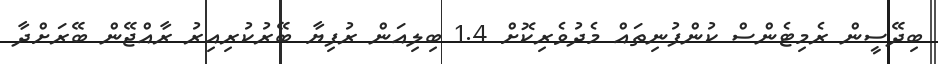
ބިދޭސީން ރެމިޓެންސް ކުންފުނިތައް މެދުވެރިކޮށް 1.4 ބިލިއަން ރުފިޔާ ބޭރުކުރިއިރު ރާއްޖޭން ބޭރަށްދާ